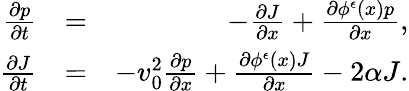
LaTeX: \begin{array}{rlr}{\frac{\partial p}{\partial t}}&{=}&{-\frac{\partial J}{\partial x}+\frac{\partial\phi^{\epsilon}(x)p}{\partial x},}\\ {\frac{\partial J}{\partial t}}&{=}&{-v_{0}^{2}\frac{\partial p}{\partial x}+\frac{\partial\phi^{\epsilon}(x)J}{\partial x}-2\alpha J.}\end{array}